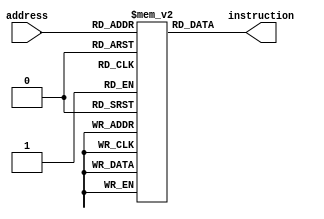
module instructionMemory(address,instruction);
	input[6:0] address;
	output[31:0] instruction;
	
	reg[31:0] memory[127:0];
	assign instruction = memory[address[6:0]][31:0];
	
	initial begin
	memory[0][31:0]  = 32'b000000_00000000000000000000000000; //nop
	memory[1][31:0]  = 32'b001000_01010000000000000000000011; //addi
	memory[2][31:0]  = 32'b100011_01011000000000000000000000; //lw
	memory[3][31:0]  = 32'b100011_01100000000000000000000001; //lw
	memory[4][31:0]  = 32'b100010_01111010110110000000100010; //sub
	memory[5][31:0]  = 32'b000111_01111010100000000000001101; //bgt
	memory[6][31:0]  = 32'b100011_01101000000000000000000010; //lw
	memory[7][31:0]  = 32'b000001_01101011010000000011000001; //sll
	memory[8][31:0]  = 32'b000001_01101011010000000010000001; //sll
	memory[9][31:0]  = 32'b001000_01001000000000000000000111; //addi
	memory[10][31:0] = 32'b101011_01001000000000000000000011; //sw
	memory[11][31:0] = 32'b101011_01101000000000000000000010; //sw
	memory[12][31:0] = 32'b000010_00000000000000000000010011; //j ext
	memory[13][31:0] = 32'b100011_01110000000000000000000011; //lw
	memory[14][31:0] = 32'b001000_01001000000000000000000110; //addi
	memory[15][31:0] = 32'b101011_01001000000000000000000010; //sw
	memory[16][31:0] = 32'b000001_01110011100000000010000001; //sll
	memory[17][31:0] = 32'b101011_01110000000000000000000011; //sw
	memory[18][31:0] = 32'b000010_00000000000000000000010011; //j ext
	memory[19][31:0] = 32'b000000_00000000000000000000000000; //nop ext
	memory[20][31:0] = 32'b001000_01010000000000000000000011; //addi
	memory[21][31:0] = 32'b100011_01011000000000000000000100; //lw
	memory[22][31:0] = 32'b100011_01100000000000000000000101; //lw
	memory[23][31:0] = 32'b100010_01111010110110000000100010; //sub
	memory[24][31:0] = 32'b000111_01111010100000000000100000; //bgt
	memory[25][31:0] = 32'b100011_01101000000000000000000010; //lw
	memory[26][31:0] = 32'b000001_01101011010000000011000001; //sll
	memory[27][31:0] = 32'b000001_01101011010000000010000001; //sll
	memory[28][31:0] = 32'b001000_01001000000000000000000111; //addi
	memory[29][31:0] = 32'b101011_01001000000000000000000011; //sw
	memory[30][31:0] = 32'b101011_01101000000000000000000010; //sw
	memory[31][31:0] = 32'b000010_00000000000000000000100110; //j ext2
	memory[32][31:0] = 32'b100011_01110000000000000000000011; //lw
	memory[33][31:0] = 32'b001000_01001000000000000000000110; //addi
	memory[34][31:0] = 32'b101011_01001000000000000000000010; //sw
	memory[35][31:0] = 32'b000001_01110011100000000010000001; //sll
	memory[36][31:0] = 32'b101011_01110000000000000000000011; //sw
	memory[37][31:0] = 32'b000000_00000000000000000000000000; //nop
	memory[38][31:0] = 32'b000010_00000000000000000000100110; //j ext2


	end

endmodule